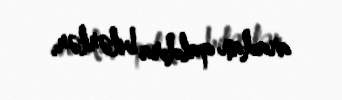
aradan qaldıra bilərlər.